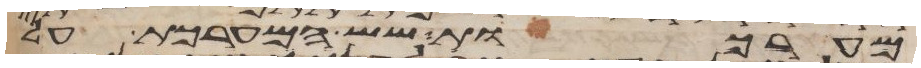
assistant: מערכות שש המערכת על